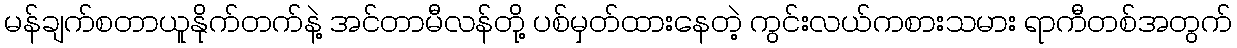
မန်ချက်စတာယူနိုက်တက်နဲ့ အင်တာမီလန်တို့ ပစ်မှတ်ထားနေတဲ့ ကွင်းလယ်ကစားသမား ရာကီတစ်အတွက်